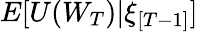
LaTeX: E[U(W_{T})|\xi_{[T-1]}]